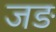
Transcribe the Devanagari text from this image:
जङ